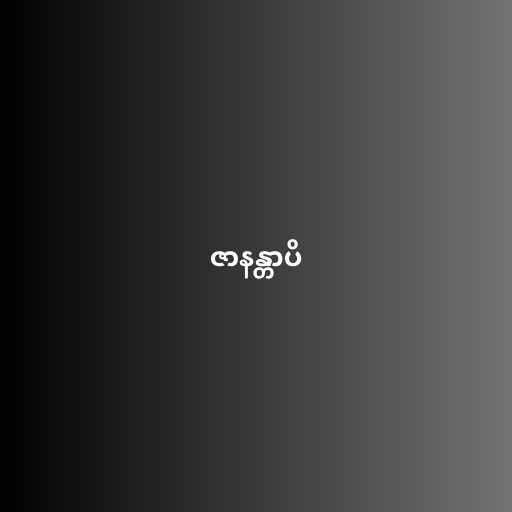
ဇာနန္တာပိ